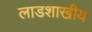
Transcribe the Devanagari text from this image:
लाडशाखीय